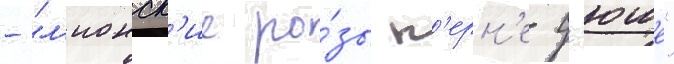
- "л'ионск'ие ро́зы п'ерн'е-д'юше"